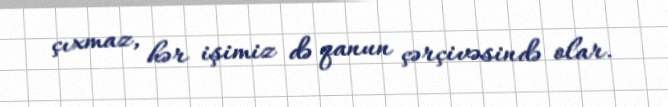
çıxmaz, hər işimiz də qanun çərçivəsində olar.